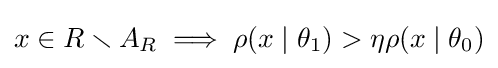
x\in R\smallsetminus A_{R}\implies \rho (x\mid \theta _{1})>\eta \rho (x\mid \theta _{0})